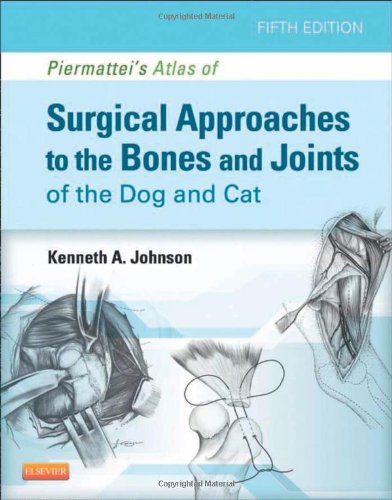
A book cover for Piermattei's Atlas of Surgical Approaches to the Bones and Joints of the Dog and Cat, 5e; Kenneth A. Johnson MVSc  PhD; Medical Books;